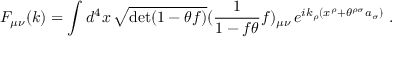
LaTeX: F _ { \mu \nu } ( k ) = \int d ^ { 4 } x \, \sqrt { \operatorname * { d e t } ( 1 - \theta f ) } ( \frac { 1 } { 1 - f \theta } f ) _ { \mu \nu } \, e ^ { i k _ { \rho } ( x ^ { \rho } + \theta ^ { \rho \sigma } a _ { \sigma } ) } \ .